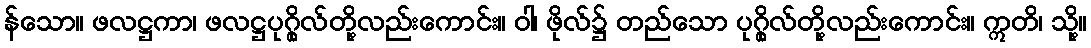
န်သော။ ဖလဋ္ဌကာ၊ ဖလဋ္ဌပုဂ္ဂိုလ်တို့လည်းကောင်း။ ဝါ၊ ဖိုလ်၌ တည်သော ပုဂ္ဂိုလ်တို့လည်းကောင်း။ ဣတိ၊ သို့။